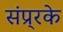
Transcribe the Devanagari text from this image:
संप्र्रके